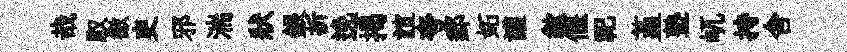
哉馭徼吏邪湍狀銀折𨓜揭誼夸郵妬讙歙偃祀堇塾屼持舎